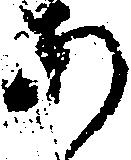
あ